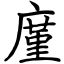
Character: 廑